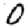
Digit: 0